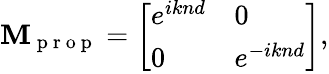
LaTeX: \mathbf{M}_{\mathrm{{~p~r~o~p~}}}=\left[\begin{array}{ll}{e^{iknd}}&{0}\\ {0}&{e^{-iknd}}\end{array}\right],